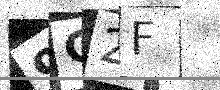
Text: 9G2F